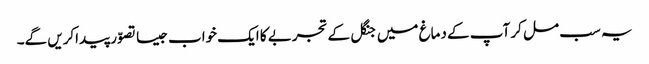
یہ سب مل کر آپ کے دماغ میں جنگل کے تجربے کا ایک خواب جیسا تصوّر پیداکریں گے۔